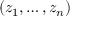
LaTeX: \left( z _ { 1 } , \ldots , z _ { n } \right)